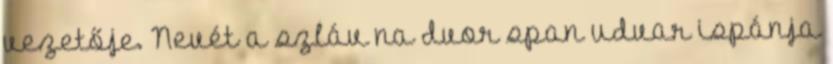
vezetője. Nevét a szláv na dvor span udvar ispánja